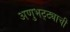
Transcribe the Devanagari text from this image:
अणुभट्ट्याची